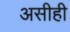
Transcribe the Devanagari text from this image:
असीही